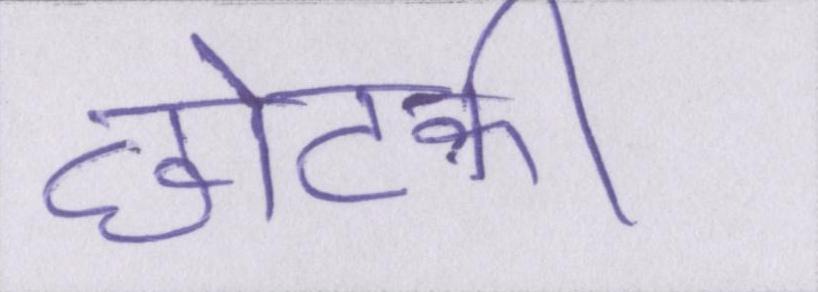
छोटकी